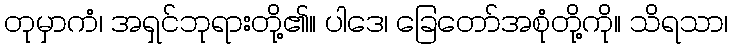
တုမှာကံ၊ အရှင်ဘုရားတို့၏။ ပါဒေ၊ ခြေတော်အစုံတို့ကို။ သိရသာ၊